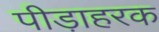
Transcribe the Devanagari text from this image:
पीड़ाहरक